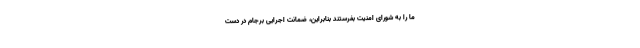
ما را به شورای امنیت بفرستند بنابراین، ضمانت اجرایی برجام در دست